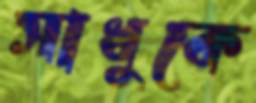
সাধুকে